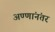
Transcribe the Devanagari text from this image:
अण्णांनंतर